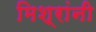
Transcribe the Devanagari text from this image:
मिश्रांनी